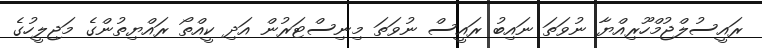
ރައީސުލްޖުމްހޫރިއްޔާ ނުވަތަ ނައިބު ރައީސް ނުވަތަ މިނިސްޓަރުން އަދި ކީއްތޯ ރައްޔިތުންގެ މަޖިލީހުގެ